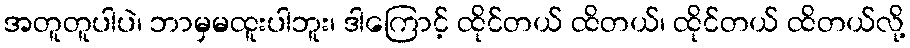
အတူတူပါပဲ၊ ဘာမှမထူးပါဘူး၊ ဒါကြောင့် ထိုင်တယ် ထိတယ်၊ ထိုင်တယ် ထိတယ်လို့